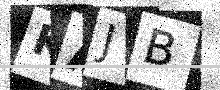
Text: KAJB